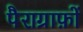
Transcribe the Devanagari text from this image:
पैराग्राफ़ों